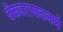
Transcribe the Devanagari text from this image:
वेंकटराघवनने